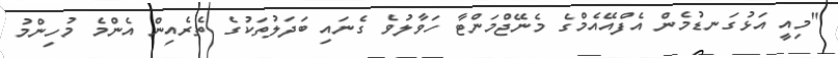
"މިއީ އަޅުގަނޑުމެން އެފްއޭއެމްގެ މެނޭޖްމަންޓާ ހަވާލުވެ ގެނައި ބަދަލުތަކުގެ ތެރެއިން އެންމެ މުހިންމު